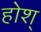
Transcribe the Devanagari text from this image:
होश्